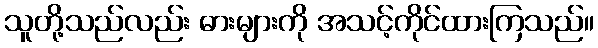
သူတို့သည်လည်း ဓားများကို အသင့်ကိုင်ထားကြသည်။